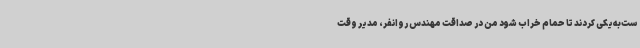
ست‌به‌یکی کردند تا حمام خراب شود من در صداقت مهندس روانفر، مدیر وقت